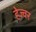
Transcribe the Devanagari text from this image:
हेज्वर